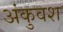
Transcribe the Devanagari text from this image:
अंकुवश